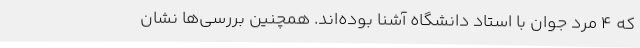
که ۴ مرد جوان با استاد دانشگاه آشنا بوده‌اند. همچنین بررسی‌ها نشان